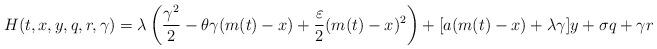
LaTeX: \begin{align*}H(t,x,y,q,r,\gamma)=\lambda\left(\frac{\gamma^2}{2}-\theta\gamma(m(t)-x)+\frac{\varepsilon}{2}(m(t)-x)^2\right)+[a(m(t)-x)+\lambda\gamma]y+\sigma q+ \gamma r\end{align*}